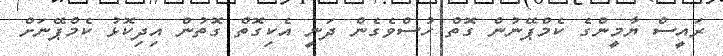
ރައީސް ޔާމީންގެ ކެމްޕޭނުން ގޮތް ހުސްވެގެން ދަނީ އެކިގޮތް ގޮތުން އިދިކޮޅު ކެމްޕޭނަށް